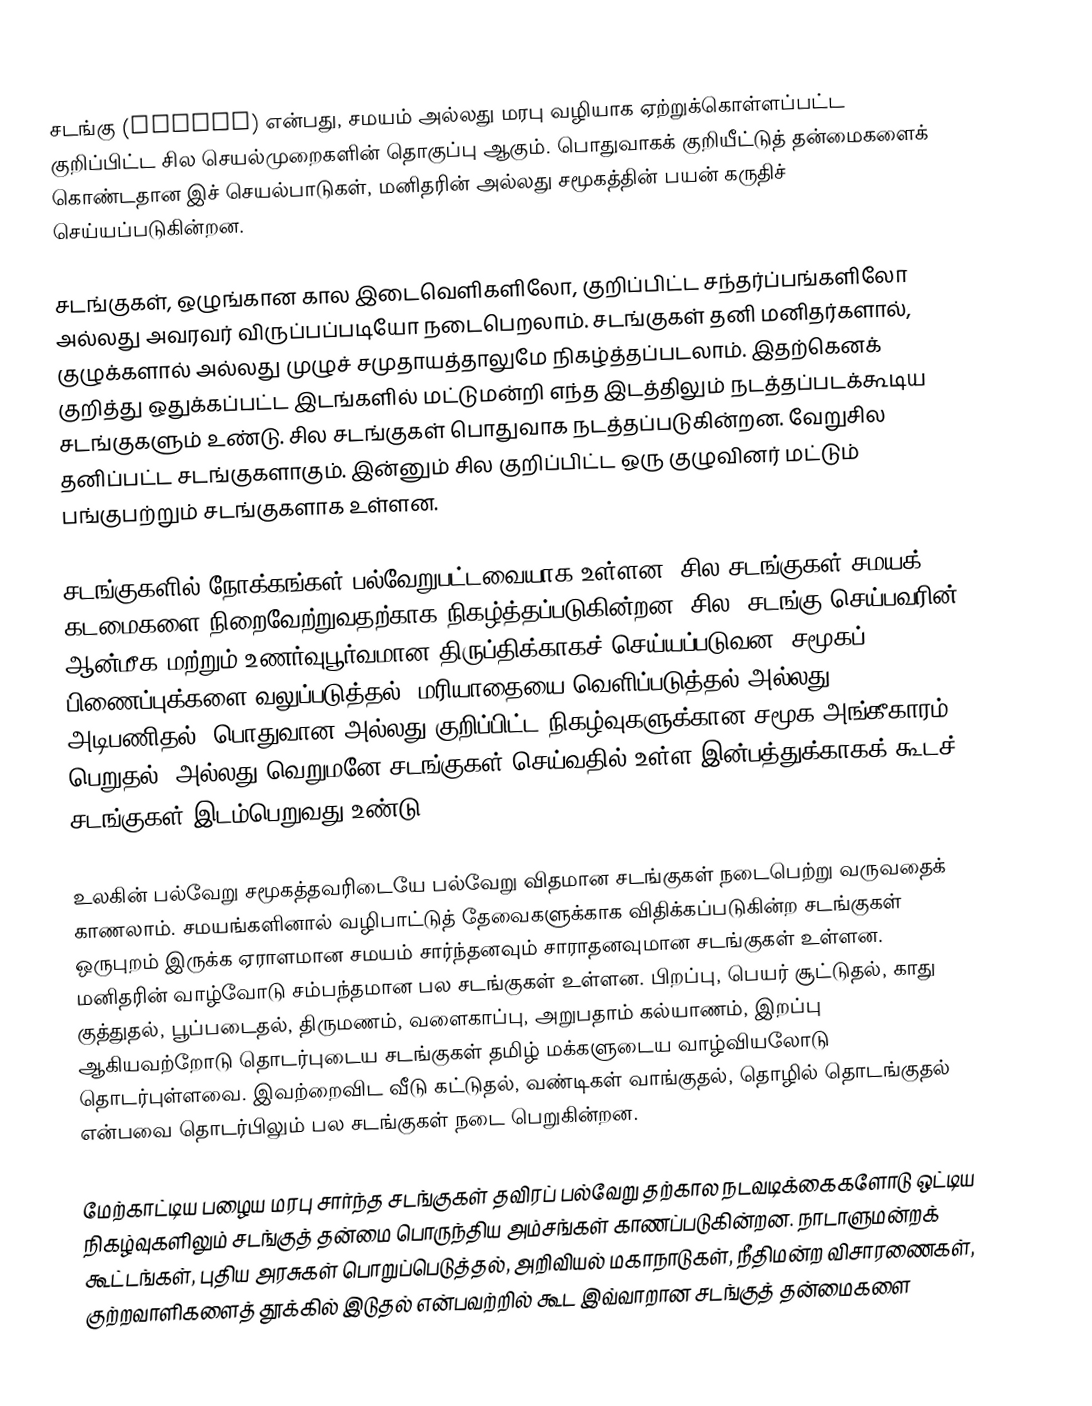
சடங்கு (ritual) என்பது, சமயம் அல்லது மரபு வழியாக ஏற்றுக்கொள்ளப்பட்ட குறிப்பிட்ட சில செயல்முறைகளின் தொகுப்பு ஆகும். பொதுவாகக் குறியீட்டுத் தன்மைகளைக் கொண்டதான இச் செயல்பாடுகள், மனிதரின் அல்லது சமூகத்தின் பயன் கருதிச் செய்யப்படுகின்றன.

சடங்குகள், ஒழுங்கான கால இடைவெளிகளிலோ, குறிப்பிட்ட சந்தர்ப்பங்களிலோ அல்லது அவரவர் விருப்பப்படியோ நடைபெறலாம். சடங்குகள் தனி மனிதர்களால், குழுக்களால் அல்லது முழுச் சமுதாயத்தாலுமே நிகழ்த்தப்படலாம். இதற்கெனக் குறித்து ஒதுக்கப்பட்ட இடங்களில் மட்டுமன்றி எந்த இடத்திலும் நடத்தப்படக்கூடிய சடங்குகளும் உண்டு. சில சடங்குகள் பொதுவாக நடத்தப்படுகின்றன. வேறுசில தனிப்பட்ட சடங்குகளாகும். இன்னும் சில குறிப்பிட்ட ஒரு குழுவினர் மட்டும் பங்குபற்றும் சடங்குகளாக உள்ளன.

சடங்குகளில் நோக்கங்கள் பல்வேறுபட்டவையாக உள்ளன. சில சடங்குகள் சமயக் கடமைகளை நிறைவேற்றுவதற்காக நிகழ்த்தப்படுகின்றன. சில, சடங்கு செய்பவரின் ஆன்மீக மற்றும் உணர்வுபூர்வமான திருப்திக்காகச் செய்யப்படுவன. சமூகப் பிணைப்புக்களை வலுப்படுத்தல், மரியாதையை வெளிப்படுத்தல் அல்லது அடிபணிதல், பொதுவான அல்லது குறிப்பிட்ட நிகழ்வுகளுக்கான சமூக அங்கீகாரம் பெறுதல், அல்லது வெறுமனே சடங்குகள் செய்வதில் உள்ள இன்பத்துக்காகக் கூடச் சடங்குகள் இடம்பெறுவது உண்டு.

உலகின் பல்வேறு சமூகத்தவரிடையே பல்வேறு விதமான சடங்குகள் நடைபெற்று வருவதைக் காணலாம். சமயங்களினால் வழிபாட்டுத் தேவைகளுக்காக விதிக்கப்படுகின்ற சடங்குகள் ஒருபுறம் இருக்க ஏராளமான சமயம் சார்ந்தனவும் சாராதனவுமான சடங்குகள் உள்ளன. மனிதரின் வாழ்வோடு சம்பந்தமான பல சடங்குகள் உள்ளன. பிறப்பு, பெயர் சூட்டுதல், காது குத்துதல், பூப்படைதல், திருமணம், வளைகாப்பு, அறுபதாம் கல்யாணம், இறப்பு ஆகியவற்றோடு தொடர்புடைய சடங்குகள் தமிழ் மக்களுடைய வாழ்வியலோடு தொடர்புள்ளவை. இவற்றைவிட வீடு கட்டுதல், வண்டிகள் வாங்குதல், தொழில் தொடங்குதல் என்பவை தொடர்பிலும் பல சடங்குகள் நடை பெறுகின்றன.

மேற்காட்டிய பழைய மரபு சார்ந்த சடங்குகள் தவிரப் பல்வேறு தற்கால நடவடிக்கைகளோடு ஒட்டிய நிகழ்வுகளிலும் சடங்குத் தன்மை பொருந்திய அம்சங்கள் காணப்படுகின்றன. நாடாளுமன்றக் கூட்டங்கள், புதிய அரசுகள் பொறுப்பெடுத்தல், அறிவியல் மகாநாடுகள், நீதிமன்ற விசாரணைகள், குற்றவாளிகளைத் தூக்கில் இடுதல் என்பவற்றில் கூட இவ்வாறான சடங்குத் தன்மைகளை